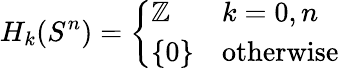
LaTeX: H_{k}(S^{n})={\left\{ \begin{array}{ll}{\mathbb{Z}}&{k=0,n}\\ {\{ 0\} }&{{\mathrm{otherwise}}}\end{array}\right.}